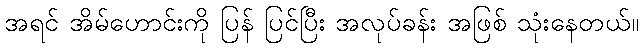
အရင် အိမ်ဟောင်းကို ပြန် ပြင်ပြီး အလုပ်ခန်း အဖြစ် သုံးနေတယ်။